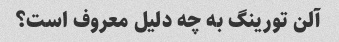
آلن تورینگ به چه دلیل معروف است؟